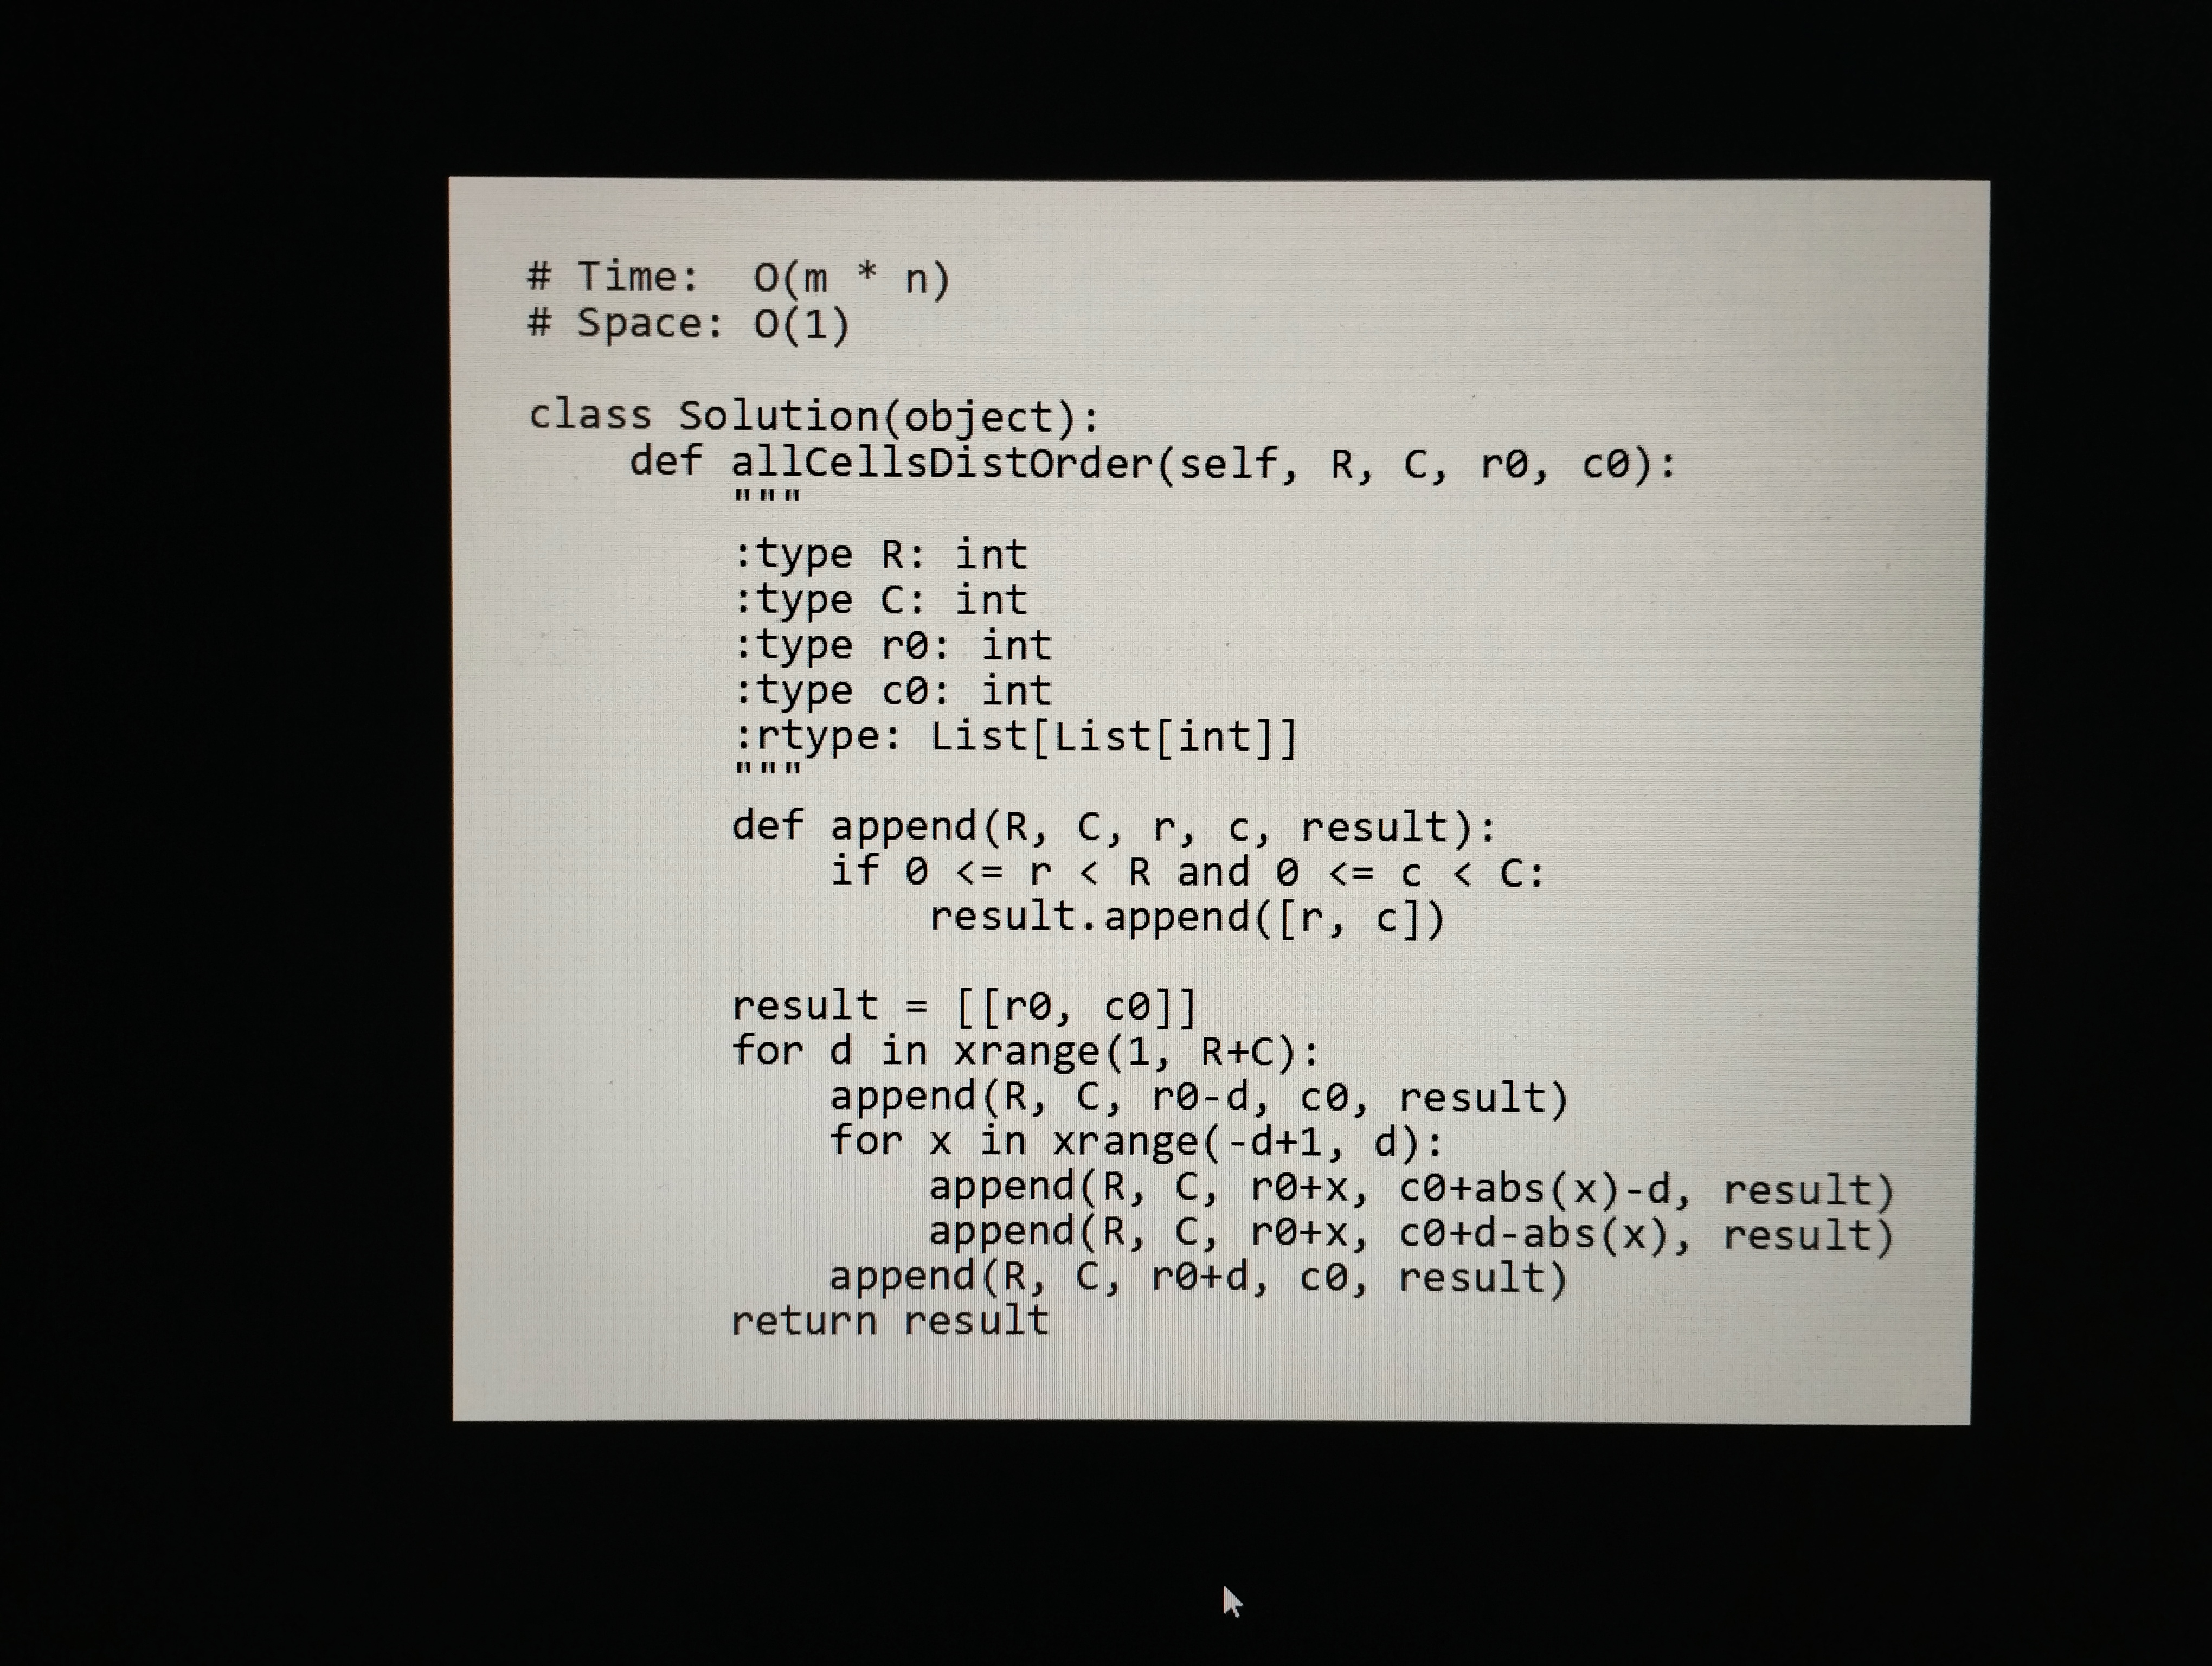
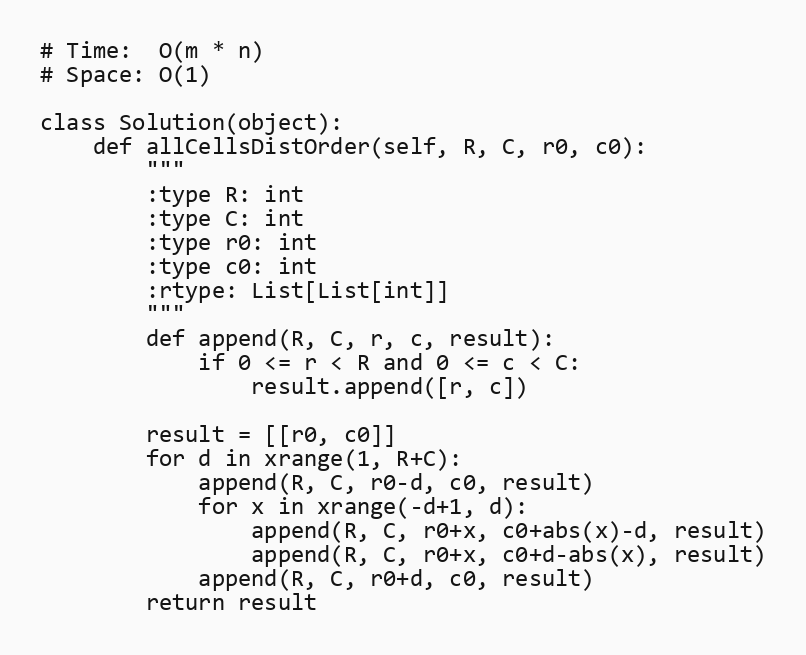
# Time:  O(m * n)
# Space: O(1)

class Solution(object):
    def allCellsDistOrder(self, R, C, r0, c0):
        """
        :type R: int
        :type C: int
        :type r0: int
        :type c0: int
        :rtype: List[List[int]]
        """
        def append(R, C, r, c, result):
            if 0 <= r < R and 0 <= c < C:
                result.append([r, c])

        result = [[r0, c0]]
        for d in xrange(1, R+C):
            append(R, C, r0-d, c0, result)
            for x in xrange(-d+1, d):
                append(R, C, r0+x, c0+abs(x)-d, result)
                append(R, C, r0+x, c0+d-abs(x), result)
            append(R, C, r0+d, c0, result)
        return result